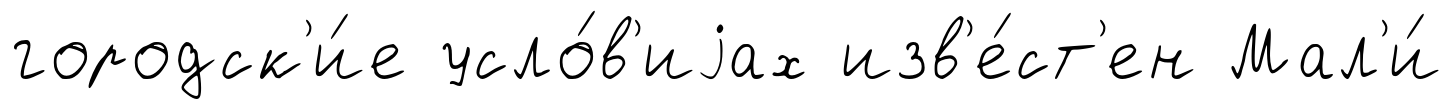
городск'и́е усло́в'иjах изв'е́ст'ен Мал'и́